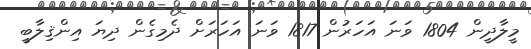
މީލާދީން 1804 ވަނަ އަހަރުން 1817 ވަނަ އަހަރަށް ދެމިގެން ދިޔަ އިންޤިލާބީ